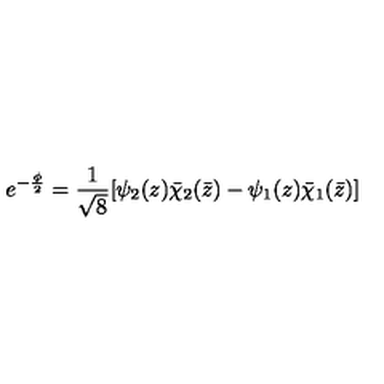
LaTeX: e ^ { - \frac { \phi } { 2 } } = \frac { 1 } { \sqrt { 8 } } [ \psi _ { 2 } ( z ) \bar { \chi } _ { 2 } ( \bar { z } ) - \psi _ { 1 } ( z ) \bar { \chi } _ { 1 } ( \bar { z } ) ]